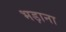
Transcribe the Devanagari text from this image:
भड़ाना